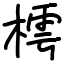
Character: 樗